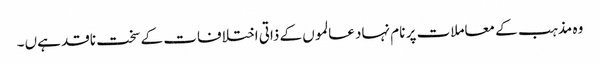
وہ مذہب کے معاملات پر نام نہاد عالموں کے ذاتی اختلافات کے سخت ناقد ہےں۔